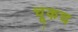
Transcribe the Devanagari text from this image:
चूकच